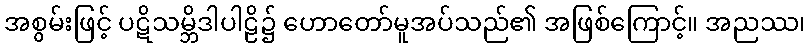
အစွမ်းဖြင့် ပဋိသမ္ဘိဒါပါဠိ၌ ဟောတော်မူအပ်သည်၏ အဖြစ်ကြောင့်။ အညဿ၊